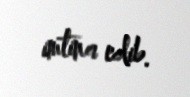
imtina edib.